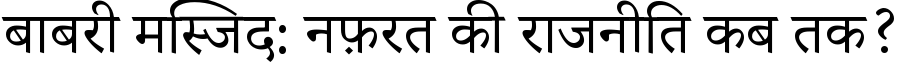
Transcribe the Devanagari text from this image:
बाबरी मस्जिद: नफ़रत की राजनीति कब तक?